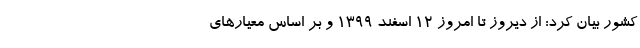
کشور بیان کرد: از دیروز تا امروز ۱۲ اسفند ۱۳۹۹ و بر اساس معیارهای